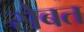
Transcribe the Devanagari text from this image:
सेबत